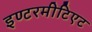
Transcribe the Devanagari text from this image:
इण्टरमीटिएट